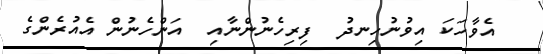
އެވާހަކަ އިވުނުހިނދު  ފިރިހެނުންނާއި  އަންހެނުން އެއުރެންގެ